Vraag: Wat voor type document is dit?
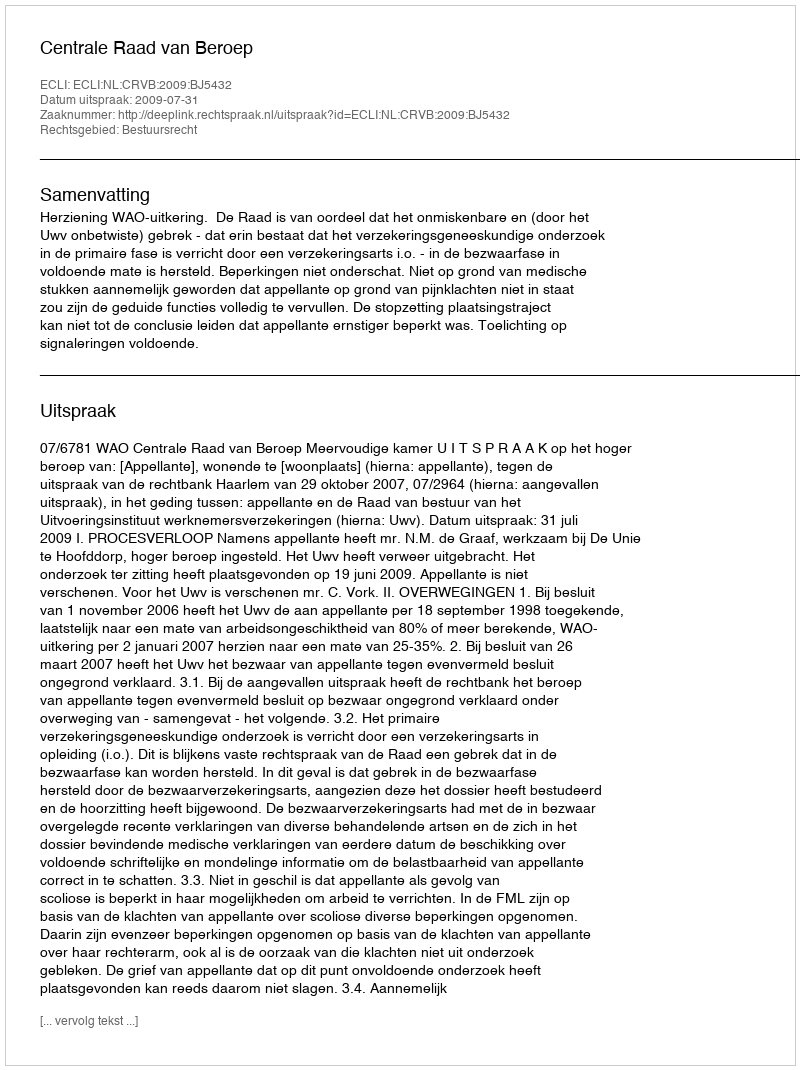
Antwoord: Uitspraak